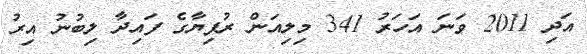
އަދި 2011 ވަނަ އަހަރު 341 މިލިއަން ރުފިޔާގެ ފައިދާ ލިބުނު އިރު